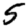
Digit: 5